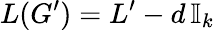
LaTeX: L(G^{\prime})=L^{\prime}-d\, \mathbb{I}_{k}